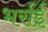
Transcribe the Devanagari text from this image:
भर्राई